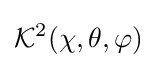
{\mathcal {K}}^{2}(\chi ,\theta ,\varphi )